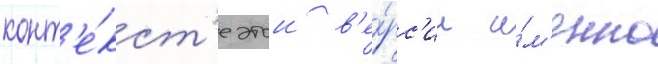
конт'е́кст'е этои в'е́рс'ии и́м'енно